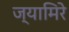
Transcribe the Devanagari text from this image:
ज्यामिरे